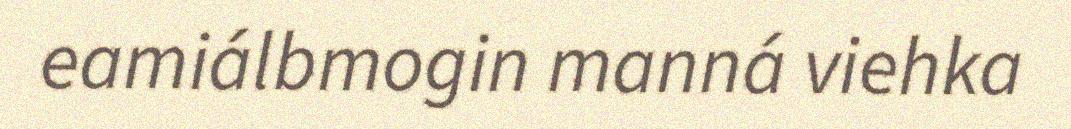
eamiálbmogin manná viehka